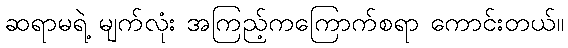
ဆရာမရဲ့ မျက်လုံး အကြည့်ကကြောက်စရာ ကောင်းတယ်။